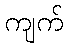
ကျက်